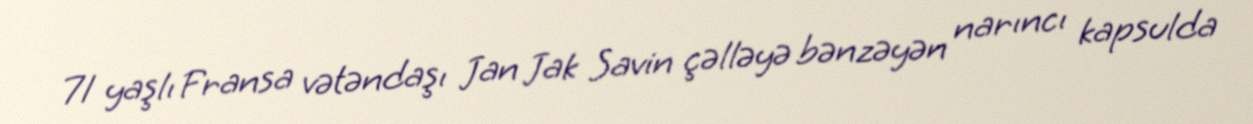
71 yaşlı Fransa vətəndaşı Jan Jak Savin çəlləyə bənzəyən narıncı kapsulda